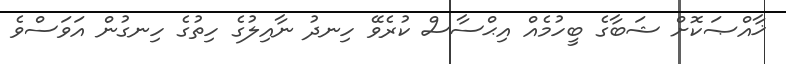
ޚާއްޞަކޮށް ޝަބާގެ ބީހުމެއް އިޙްސާސް ކުރެވޭ ހިނދު ނާއިލުގެ ހިތުގެ ހިނގުން އަވަސްވެ